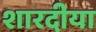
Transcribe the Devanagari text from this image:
शारदीया